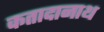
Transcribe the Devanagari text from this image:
कतादानाथ